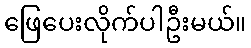
ဖြေပေးလိုက်ပါဦးမယ်။